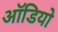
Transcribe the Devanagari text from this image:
आॅडियो